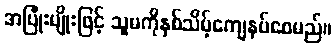
အပြုံးမျိုးဖြင့် သူမကိုနှစ်သိမ့်ကျေနပ်စေမည်။